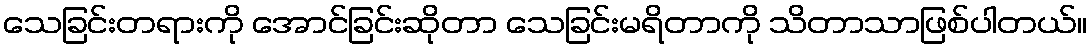
သေခြင်းတရားကို အောင်ခြင်းဆိုတာ သေခြင်းမရိတာကို သိတာသာဖြစ်ပါတယ်။